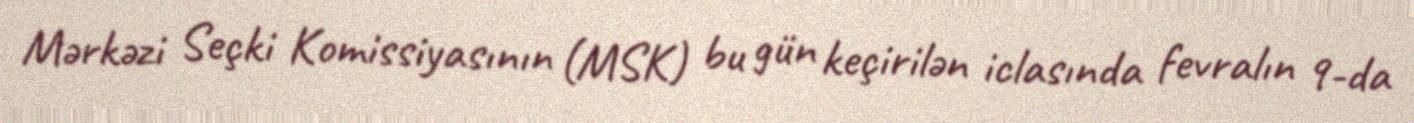
Mərkəzi Seçki Komissiyasının (MSK) bu gün keçirilən iclasında fevralın 9-da